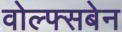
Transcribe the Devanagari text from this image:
वोल्फ्सबेन